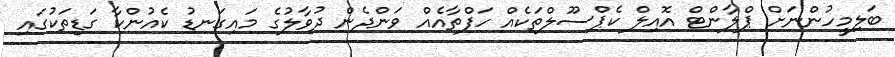
ބަލިމީހުންނަށް ޕްލާންޓް އޮއިލް ކެޕްސޫލްތަކެއް ހަފްތާއެއް ވަންދެން ދުވާލުގެ މައިގަނޑު ކެއުންކާ ގަޑިތަކުގައި